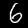
Digit: 6